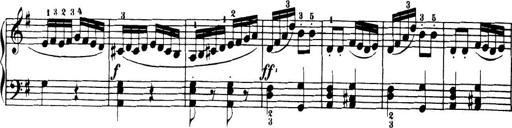
Title: 32 Sonatinas and Rondos for the Piano
Composer: Richard Kleinmichel